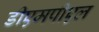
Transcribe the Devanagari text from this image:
डीएमपीएल